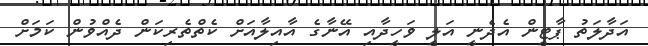
އަދާލަތު ޕާޓީން އެދެނީ އަލީ ވަހީދާއި އޭނާގެ އާއިލާއަށް ކެތްތެރިކަން ދެއްވުން ކަމަށް